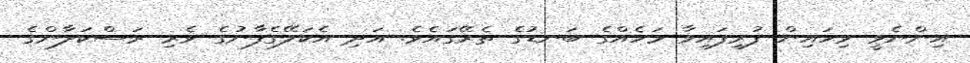
އިންނެވީ ވިހައިން ފުރިފައިވާ މަހެއްގެ ބަނޑުގެ ތެރޭގައެވެ. އަދި އެކަލޭގެފާނުގެ ވެރި ރަސްކަލާންގެ